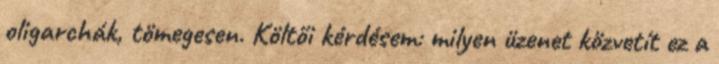
oligarchák, tömegesen. Költői kérdésem: milyen üzenet közvetít ez a